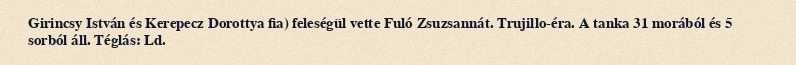
Girincsy István és Kerepecz Dorottya fia) feleségül vette Fuló Zsuzsannát. Trujillo-éra. A tanka 31 morából és 5 sorból áll. Téglás: Ld.